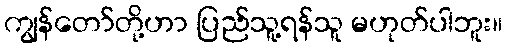
ကျွန်တော်တို့ဟာ ပြည်သူ့ရန်သူ မဟုတ်ပါဘူး။